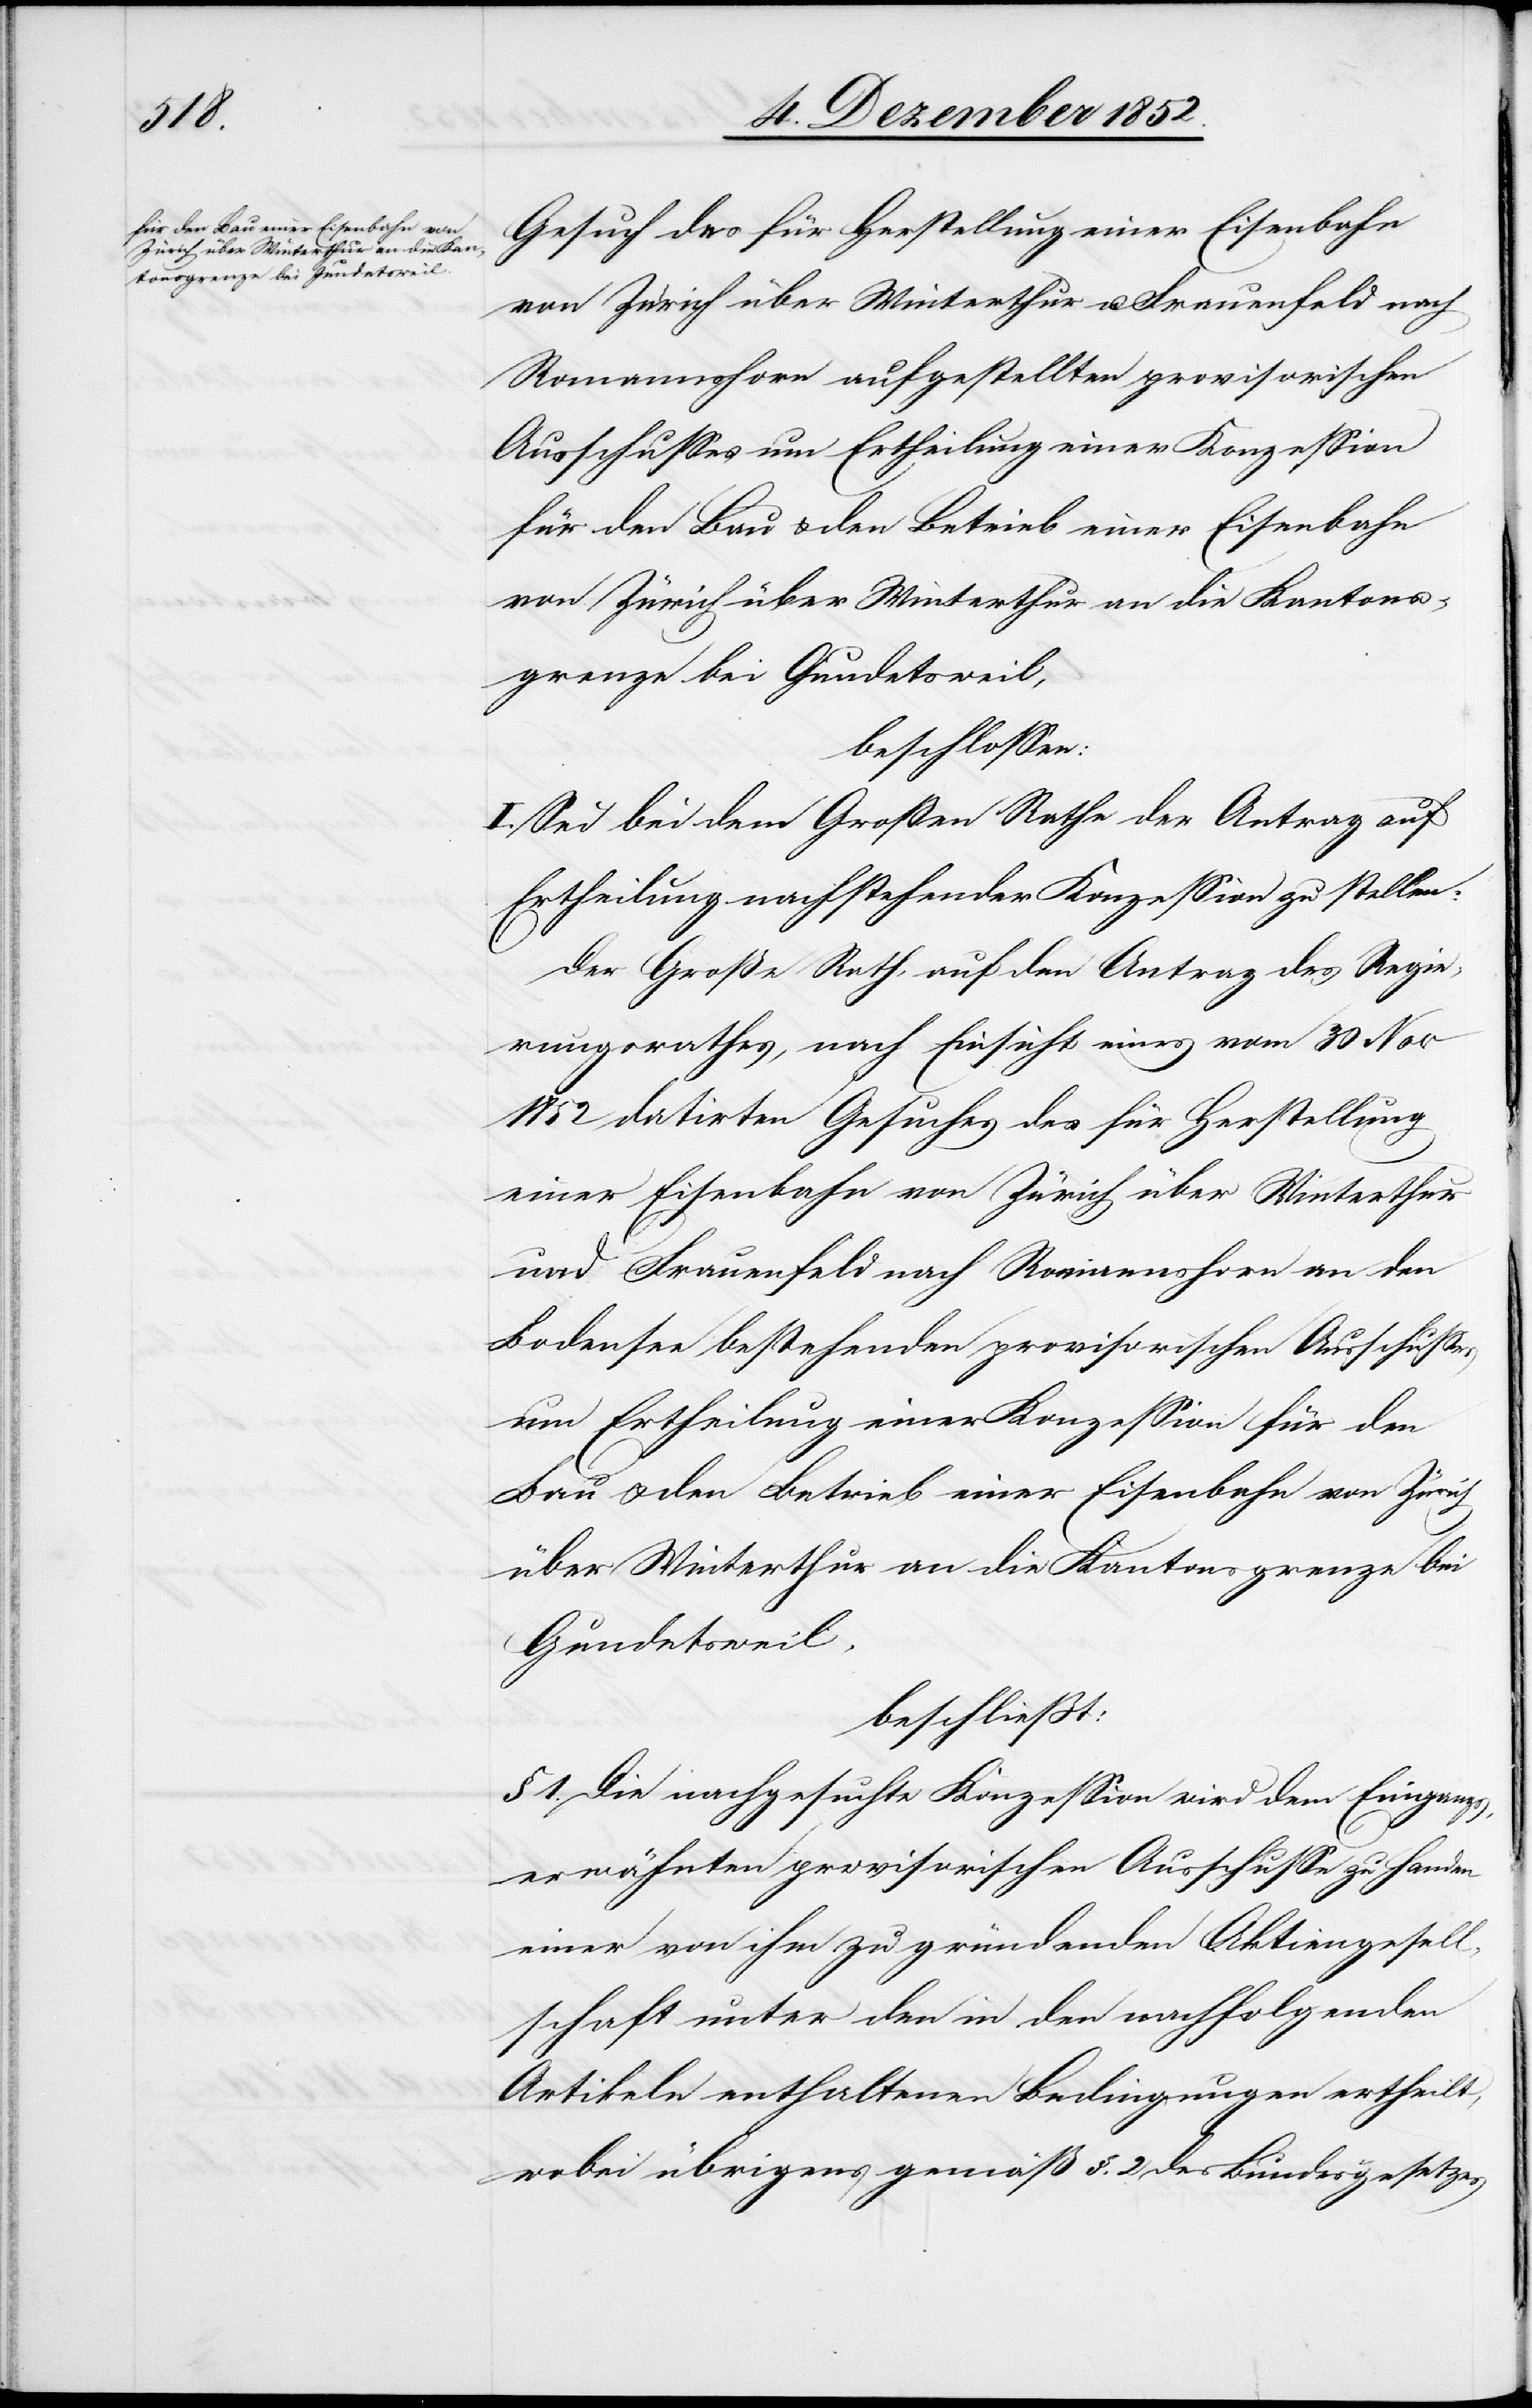
Gesuch des für Herstellung einer Eisenbahn
von Zürich über Winterthur u. Frauenfeld nach
Romannshorn aufgestellten provisorischen
Ausschusses um Ertheilung einer Konzession
für den Bau & den Betrieb einer Eisenbahn
von Zürich über Winterthur an die Kantons¬
grenze bei Gundetsweil,
beschlossen:
I. Sei bei dem Großen Rathe der Antrag auf
Ertheilung nachstehender Konzession zu stellen:
Der Große Rath, auf den Antrag des Regie¬
rungsrathes, nach Einsicht eines vom 30 Nov
1852 datirten Gesuches des für Herstellung
einer Eisenbahn von Zürich über Winterthur
und Frauenfeld nach Romannshorn an den
Bodensee bestehenden provisorischen Ausschusses
um Ertheilung einer Konzession für den
Bau & den Betrieb einer Eisenbahn von Zürich
über Winterthur an die Kantonsgrenze bei
Gundetsweil,
beschließt:
§ 1. Die nachgesuchte Konzession wird dem Eingangs¬
erwähnten provisorischen Ausschusse zu Handen
einer von ihm zu gründenden Aktiengesell¬
schaft unter den in den nachfolgenden
Artikeln enthaltenen Bedingungen ertheilt,
wobei übrigens gemäß §. 2 des Bundesgesetzes